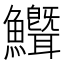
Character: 𬵺